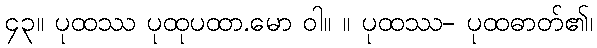
၄၃။ ပုထဿ ပုထုပထာ.မော ဝါ။ ။ ပုထဿ- ပုထဓာတ်၏၊